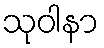
သုဝါနာ